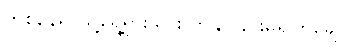
တစ်နေရာသို့ရွေ့ရှားသွားလာနိုင်ခြင်းမရှိကြချေ။